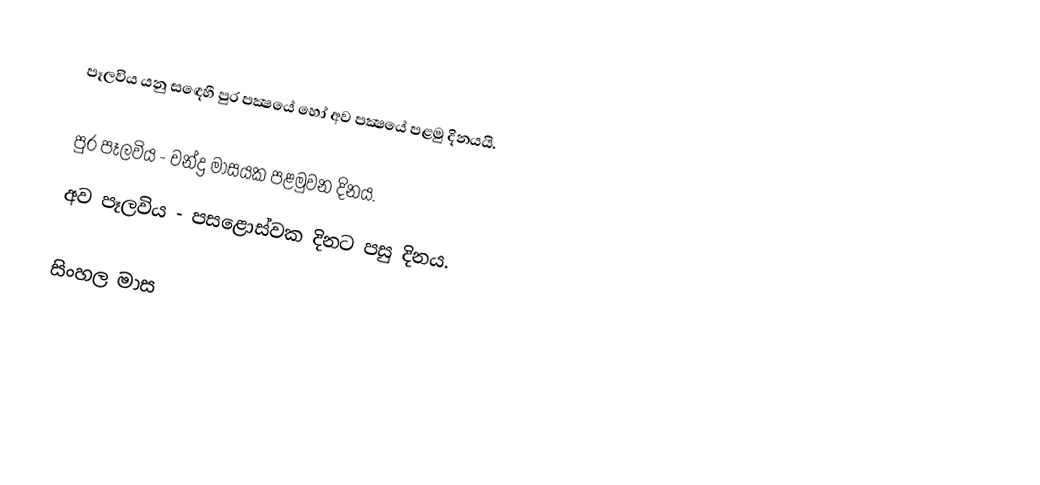
පෑලවිය යනු සඳෙහී පුර පක්‍ෂයේ හෝ අව පක්‍ෂයේ පළමු දිනයයි.

 පුර පෑලවිය - චන්ද්‍ර මාසයක පළමුවන දිනය.
 අව පෑලවිය - පසළොස්වක දිනට පසු දිනය.

සිංහල මාස